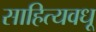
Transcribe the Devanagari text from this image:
साहित्यवधू